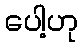
ပေါ့ဟု